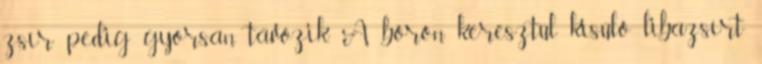
zsír pedig gyorsan távozik. A bőrön keresztül kisülő libazsírt